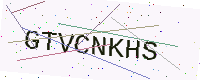
Text: GTVCNKHS